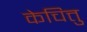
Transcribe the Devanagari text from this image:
केचित्तु